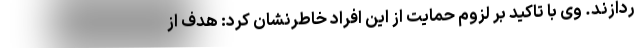
ردازند. وی با تاکید بر لزوم حمایت از این افراد خاطرنشان کرد: هدف از